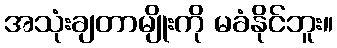
အသုံးချတာမျိုးကို မခံနိုင်ဘူး။